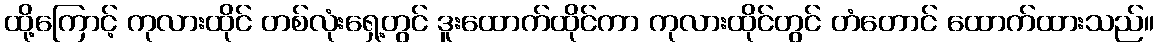
ထို့ကြောင့် ကုလားထိုင် တစ်လုံးရှေ့တွင် ဒူးထောက်ထိုင်ကာ ကုလားထိုင်တွင် တံတောင် ထောက်ထားသည်။